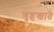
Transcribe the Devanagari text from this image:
गृहखाते